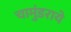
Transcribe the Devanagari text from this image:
चामुंडराये